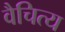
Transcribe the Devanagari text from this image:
वैचित्य